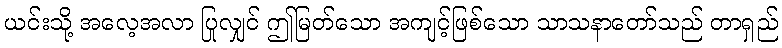
ယင်းသို့ အလေ့အလာ ပြုလျှင် ဤမြတ်သော အကျင့်ဖြစ်သော သာသနာတော်သည် တာရှည်